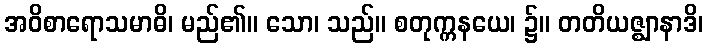
အဝိစာရောသမာဓိ၊ မည်၏။ သော၊ သည်။ စတုက္ကနယေ၊ ၌။ တတိယဇ္ဈာနာဒိ၊